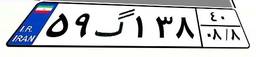
۱۰گ۲۸۰۳۶